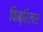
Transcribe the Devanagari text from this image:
फिब्रिलार